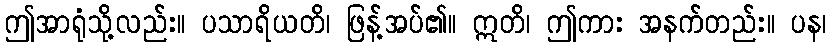
ဤအာရုံသို့လည်း။ ပသာရိယတိ၊ ဖြန့်အပ်၏။ ဣတိ၊ ဤကား အနက်တည်း။ ပန၊